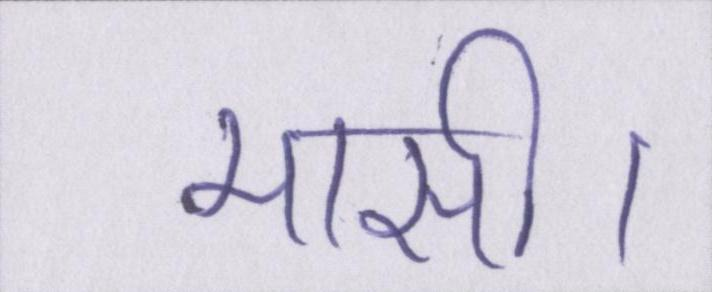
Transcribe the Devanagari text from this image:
मासी।